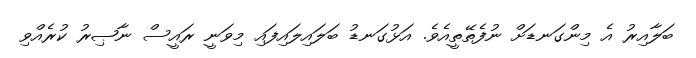
ބަލާއިރު އެ މިންގަނޑަށް ނުފެތޭތީއެވެ. އަޅުގަނޑު ބަލައިލައިފައި މިވަނީ ރައީސް ނާޞިރު ކުރެއްވި